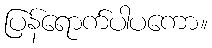
ပြန်ရောက်ပါပကော။